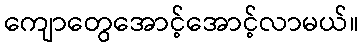
ကျောတွေအောင့်အောင့်လာမယ်။